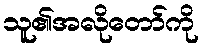
သူ၏အလိုတော်ကို